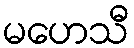
မဟေသီ